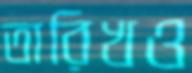
তারিখও